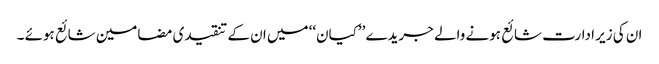
ان کی زیر ادارت شائع ہونے والے جریدے ’’کیان‘‘ میں ان کے تنقیدی مضامین شائع ہوئے ۔